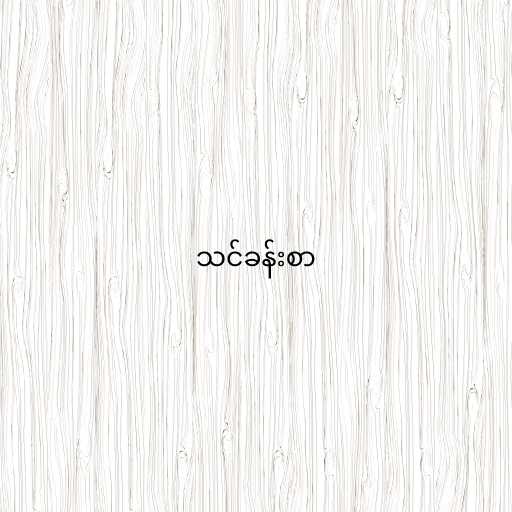
သင်ခန်းစာ